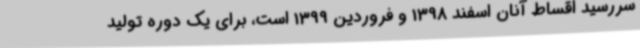
سررسید اقساط آنان اسفند 1398 و فروردین 1399 است، برای یک دوره تولید